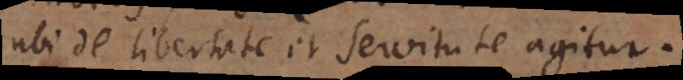
ubi de libertate et servitute agitur.